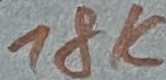
Text: 18K